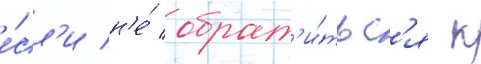
е́сл'и н'е́ обрат'и́тьс'я к